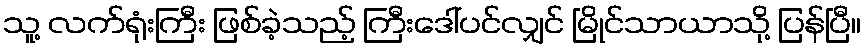
သူ့ လက်ရုံးကြီး ဖြစ်ခဲ့သည့် ကြီးဒေါ်ပင်လျှင် မြိုင်သာယာသို့ ပြန်ပြီ။